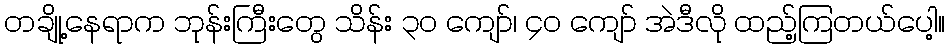
တချို့နေရာက ဘုန်းကြီးတွေ သိန်း ၃၀ ကျော်၊ ၄၀ ကျော် အဲဒီလို ထည့်ကြတယ်ပေါ့။